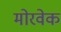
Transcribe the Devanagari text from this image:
मोरवेक